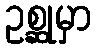
ဥစ္ဆုမှာ